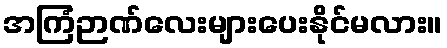
အကြံဉာဏ်လေးများပေးနိုင်မလား။